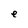
Character: e